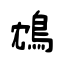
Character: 鴆